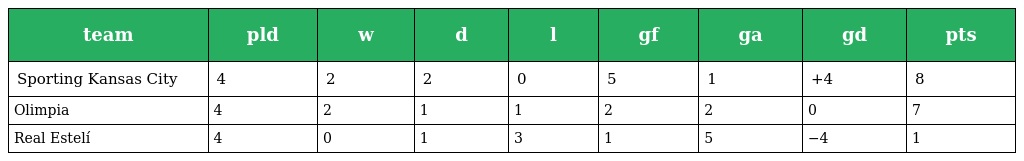
| team | pld | w | d | l | gf | ga | gd | pts |
 | --- | --- | --- | --- | --- | --- | --- | --- | --- |
 | Sporting Kansas City | 4 | 2 | 2 | 0 | 5 | 1 | +4 | 8 |
 | Olimpia | 4 | 2 | 1 | 1 | 2 | 2 | 0 | 7 |
 | Real Estelí | 4 | 0 | 1 | 3 | 1 | 5 | −4 | 1 |